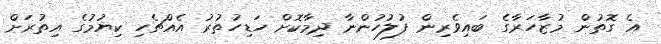
އެ ގޮތުން މުޒާހަރާގެ ބައިވެރިން ފުލުހުންނާ ދިމާކޮށް ހަޑިހުތުރު އެއްޗެހި ކިޔުމުގެ އިތުރަށް